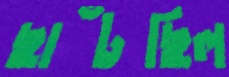
ছাঁটছিল